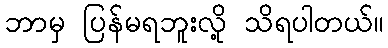
ဘာမှ ပြန်မရဘူးလို့ သိရပါတယ်။